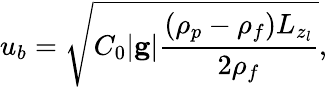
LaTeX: u_{b}=\sqrt{C_{0}|\mathbf{g}|\frac{\left(\rho_{p}-\rho_{f}\right)L_{z_{l}}}{2\rho_{f}}},